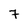
Character: 7